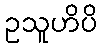
ဥသူဟိပိ